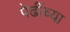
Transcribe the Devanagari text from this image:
पेढींच्या